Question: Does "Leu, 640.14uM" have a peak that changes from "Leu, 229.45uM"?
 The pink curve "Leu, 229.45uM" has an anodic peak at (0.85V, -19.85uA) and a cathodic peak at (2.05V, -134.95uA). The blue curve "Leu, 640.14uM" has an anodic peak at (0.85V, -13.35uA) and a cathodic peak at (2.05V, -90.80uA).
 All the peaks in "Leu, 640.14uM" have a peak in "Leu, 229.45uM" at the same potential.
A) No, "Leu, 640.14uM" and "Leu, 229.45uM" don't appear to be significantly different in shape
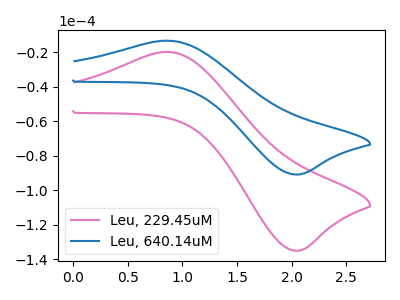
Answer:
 <answer>A) No, "Leu, 640.14uM" and "Leu, 229.45uM" don't appear to be significantly different in shape</answer>
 <eval>A</eval>